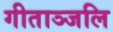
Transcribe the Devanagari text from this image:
गीताञ्जलि